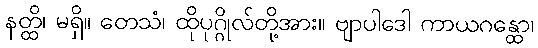
နတ္ထိ၊ မရှိ။ တေသံ၊ ထိုပုဂ္ဂိုလ်တို့အား။ ဗျာပါဒေါ ကာယဂန္ထော၊